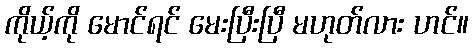
ကိုယ့်ကို မောင်ရင် မေးပြီးပြီ မဟုတ်လား ဟင်။